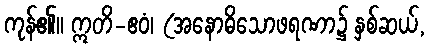
ကုန်၏။ ဣတိ-ဧဝံ၊ (အနောဓိသောဖရဏာ၌ နှစ်ဆယ်,